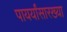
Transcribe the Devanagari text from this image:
पायर्यांसारख्या